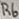
Text: R6